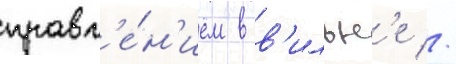
правл'е́н'ием в в'ильн'е //